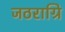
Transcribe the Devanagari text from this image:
जठराग्रि